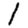
Digit: 1